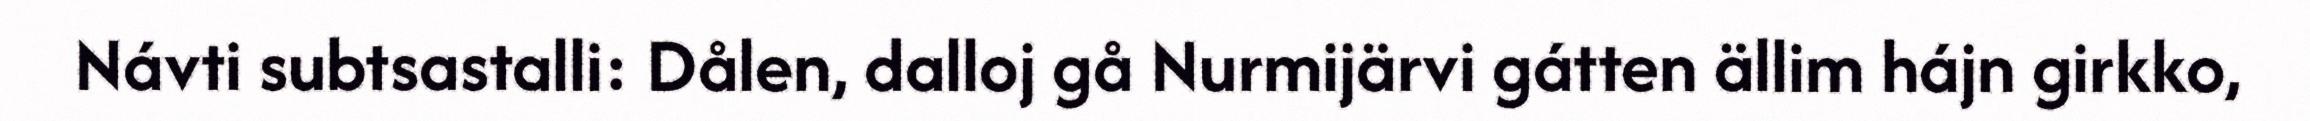
Návti subtsastalli: Dålen, dalloj gå Nurmijärvi gátten ällim hájn girkko,